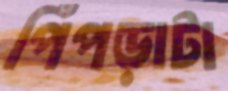
পিঁপড়াটা